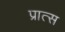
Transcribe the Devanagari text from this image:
प्रात्स